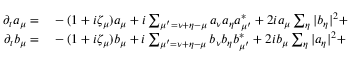
\begin{array} { r l } { \partial _ { t } a _ { \mu } = } & { { } - ( 1 + i \zeta _ { \mu } ) a _ { \mu } + i \sum _ { \mu ^ { \prime } = \nu + \eta - \mu } a _ { \nu } a _ { \eta } a _ { \mu ^ { \prime } } ^ { * } + 2 i a _ { \mu } \sum _ { \eta } | b _ { \eta } | ^ { 2 } + } \\ { \partial _ { t } b _ { \mu } = } & { { } - ( 1 + i \zeta _ { \mu } ) b _ { \mu } + i \sum _ { \mu ^ { \prime } = \nu + \eta - \mu } b _ { \nu } b _ { \eta } b _ { \mu ^ { \prime } } ^ { * } + 2 i b _ { \mu } \sum _ { \eta } | a _ { \eta } | ^ { 2 } + } \end{array}